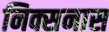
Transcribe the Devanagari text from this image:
निक्सनास